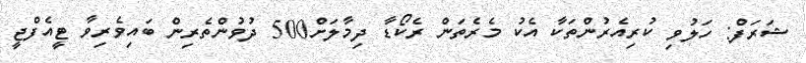
ޝަރަފް: ހަލުވި ކުރިއެރުންތަކާ އެކު މެރެތަން ރެކޯޑާ ދިމާލަށް500 ދުވުންތެރިން ބައިވެރިވާ ޓީއެފްޖީ